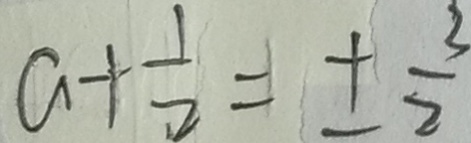
a + \frac { 1 } { 2 } = \pm \frac { 3 } { 2 }